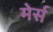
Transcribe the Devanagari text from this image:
मेर्स